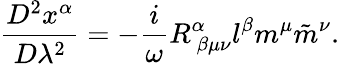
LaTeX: \frac{D^{2}x^{\alpha}}{D\lambda^{2}}=-\frac{i}{\omega}R_{~\beta\mu\nu}^{\alpha}l^{\beta}m^{\mu}\tilde{m}^{\nu}.